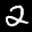
Label: 2